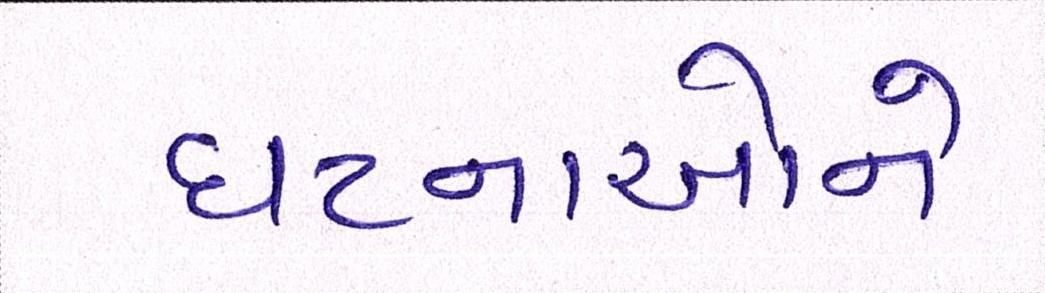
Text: ઘટનાઓને